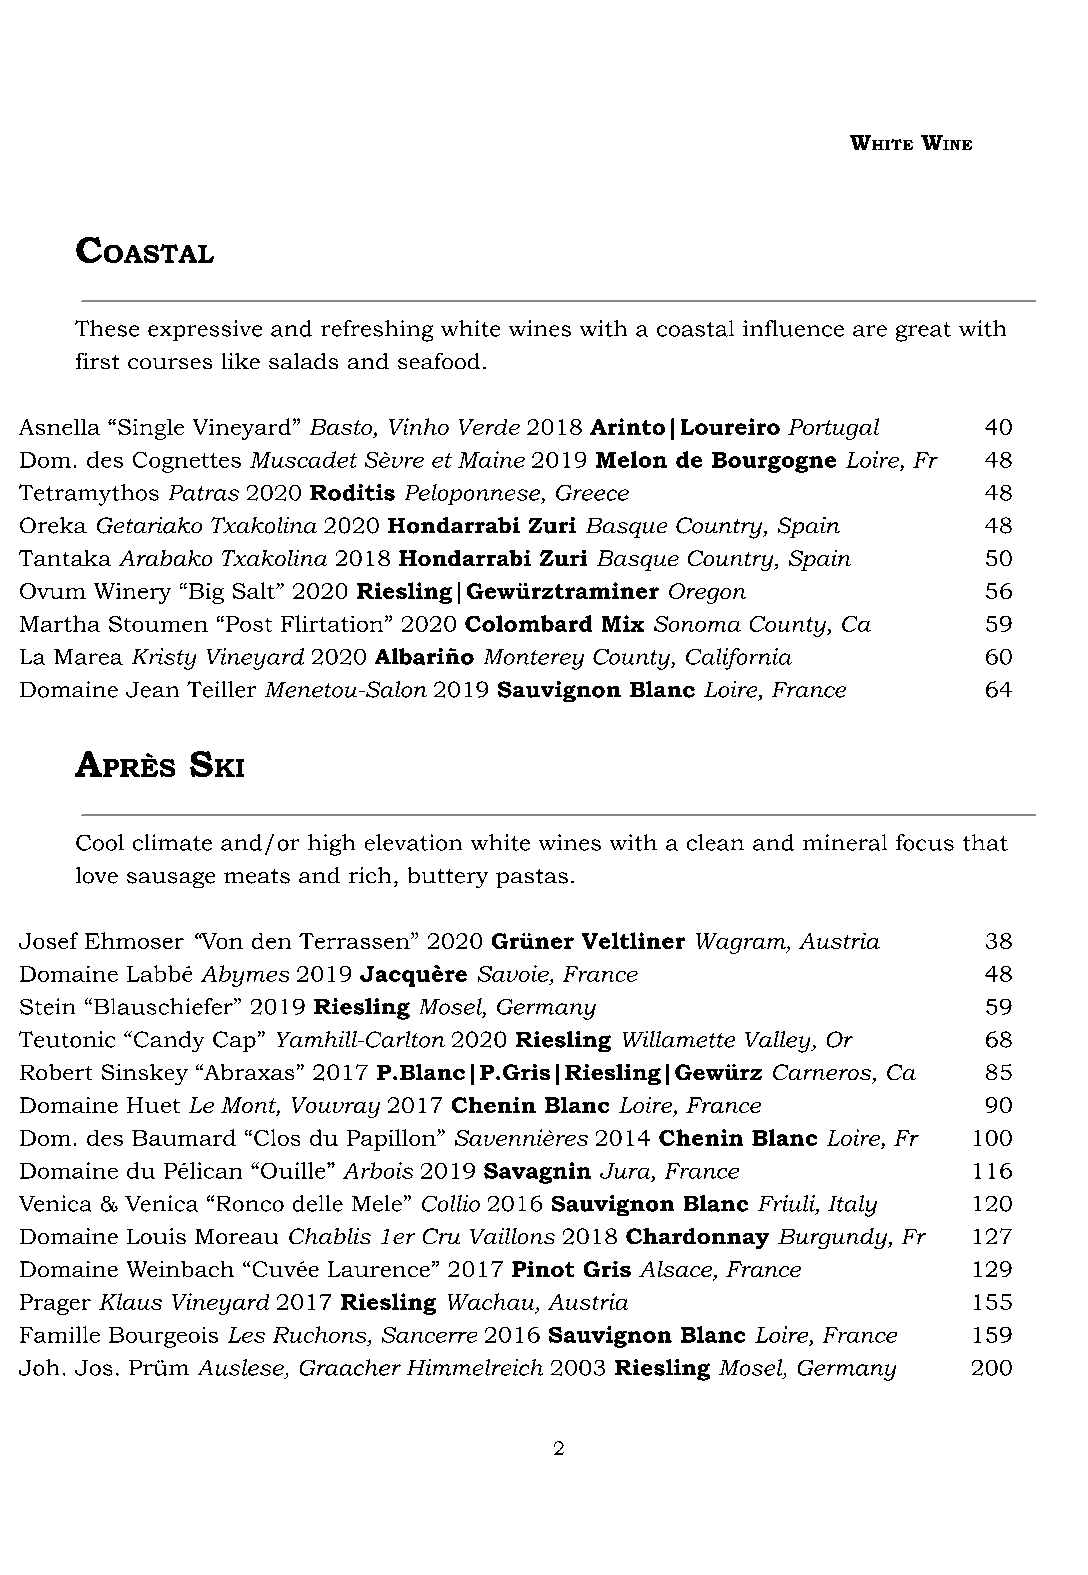
W    W
 HITE INE
 C
 OASTAL
 These expressive and refreshing white wines with a coastal influence are great with
 first courses like salads and seafood.
 Asnella “Single Vineyard” Basto, Vinho Verde 2018 Arinto|Loureiro Portugal 40
 Dom. des Cognettes Muscadet Sèvre et Maine 2019 Melon de Bourgogne Loire, Fr 48
 Tetramythos Patras 2020 Roditis Peloponnese, Greece             48
 Oreka Getariako Txakolina 2020 Hondarrabi Zuri Basque Country, Spain 48
 Tantaka Arabako Txakolina 2018 Hondarrabi Zuri Basque Country, Spain 50
 Ovum Winery “Big Salt” 2020 Riesling|Gewürztraminer Oregon      56
 Martha Stoumen “Post Flirtation” 2020 Colombard Mix Sonoma County, Ca 59
 La Marea Kristy Vineyard 2020 Albariño Monterey County, California 60
 Domaine Jean Teiller Menetou-Salon 2019 Sauvignon Blanc Loire, France 64
 A      S
 PRÈS   KI
 Cool climate and/or high elevation white wines with a clean and mineral focus that
 love sausage meats and rich, buttery pastas.
 Josef Ehmoser “Von den Terrassen” 2020 Grüner Veltliner Wagram, Austria 38
 Domaine Labbé Abymes 2019 Jacquère Savoie, France               48
 Stein “Blauschiefer” 2019 Riesling Mosel, Germany               59
 Teutonic “Candy Cap” Yamhill-Carlton 2020 Riesling Willamette Valley, Or 68
 Robert Sinskey “Abraxas” 2017 P.Blanc|P.Gris|Riesling|Gewürz Carneros, Ca 85
 Domaine Huet Le Mont, Vouvray 2017 Chenin Blanc Loire, France   90
 Dom. des Baumard “Clos du Papillon” Savennières 2014 Chenin Blanc Loire, Fr 100
 Domaine du Pélican “Ouille” Arbois 2019 Savagnin Jura, France  116
 Venica & Venica “Ronco delle Mele” Collio 2016 Sauvignon Blanc Friuli, Italy 120
 Domaine Louis Moreau Chablis 1er Cru Vaillons 2018 Chardonnay Burgundy, Fr 127
 Domaine Weinbach “Cuvée Laurence” 2017 Pinot Gris Alsace, France 129
 Prager Klaus Vineyard 2017 Riesling Wachau, Austria            155
 Famille Bourgeois Les Ruchons, Sancerre 2016 Sauvignon Blanc Loire, France 159
 Joh. Jos. Prüm Auslese, Graacher Himmelreich 2003 Riesling Mosel, Germany 200
 2